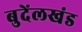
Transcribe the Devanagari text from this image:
बुदेंलखंड